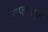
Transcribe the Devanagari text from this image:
तफाजुल